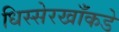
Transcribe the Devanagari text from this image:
धिस्सेरखाँकडे